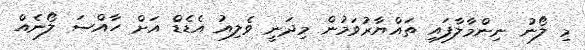
މި ލޯނު ނިންމާލާފައި ތައްޔާރުވަމުން މިދަނީ ވެލިއު އެޑެޑް އަށް ހާއްސަ ލޯނެއް